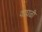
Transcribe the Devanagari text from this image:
वाघळी